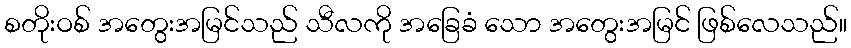
စတိုးဝစ် အတွေးအမြင်သည် သီလကို အခြေခံ သော အတွေးအမြင် ဖြစ်လေသည်။